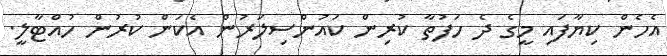
އެހެން ކިޔާފައި މީގެ ދެ ހަފުތާ ކުރިން ކައުންސިލަރުން އެކަން ކުރުން ހުއްޓާލީ.